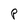
Character: P